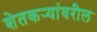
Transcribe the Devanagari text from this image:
शेतकर्‍यांवरील